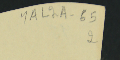
YAL2A-652